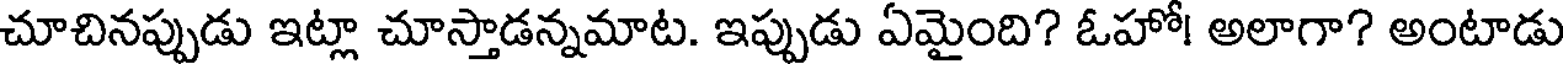
చూచినప్పుడు ఇట్లా చూస్తాడన్నమాట. ఇప్పుడు ఏమైంది? ఓహో! అలాగా? అంటాడు